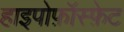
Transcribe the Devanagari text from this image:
हाइपोफ़ॉस्फ़ेट